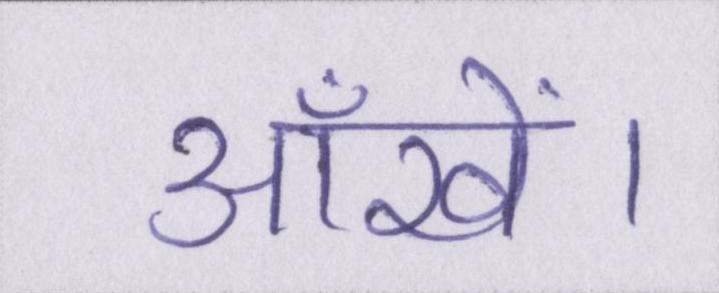
आँखें।